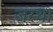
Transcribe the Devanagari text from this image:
जस्था